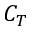
C _ { T }